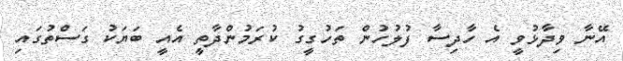
އޭނާ ވިދާޅުވީ އެ ހާދިސާ ފުލުހުން ތަހުގީގު ކުރަމުންދާތީ އެއީ ބަޔަކު ގަސްތުގައި